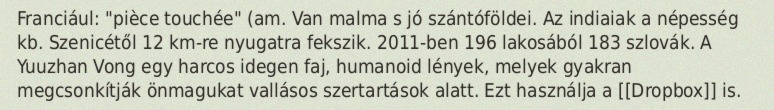
Franciául: "pièce touchée" (am. Van malma s jó szántóföldei. Az indiaiak a népesség kb. Szenicétől 12 km-re nyugatra fekszik. 2011-ben 196 lakosából 183 szlovák. A Yuuzhan Vong egy harcos idegen faj, humanoid lények, melyek gyakran megcsonkítják önmagukat vallásos szertartások alatt. Ezt használja a [[Dropbox]] is.